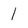
Character: 1